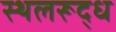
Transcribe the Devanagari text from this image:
स्थलरूद्ध